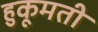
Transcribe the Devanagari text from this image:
हुकूमती